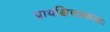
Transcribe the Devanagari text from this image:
प्रायश्चित्तप्रकाशः